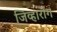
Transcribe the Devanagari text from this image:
जिव्हारोग